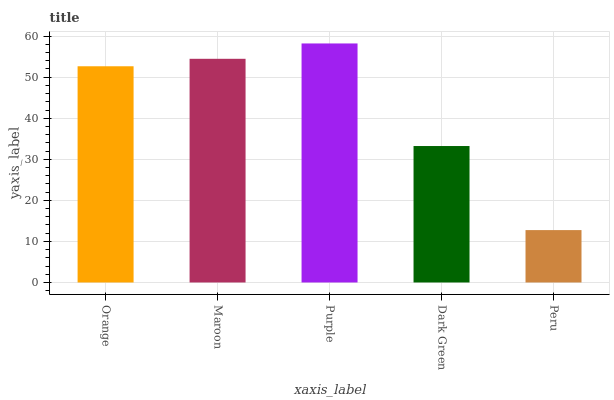
| xaxis_label | bars |
 | --- | --- |
 | Orange | 52.7 |
 | Maroon | 54.5 |
 | Purple | 58.2 |
 | Dark Green | 33.2 |
 | Peru | 12.8 |